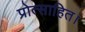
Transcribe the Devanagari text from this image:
प्रोत्साहित।